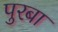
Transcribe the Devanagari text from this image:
पुरबा